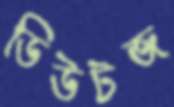
ডিউটজ